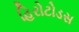
હિરોટોડસ